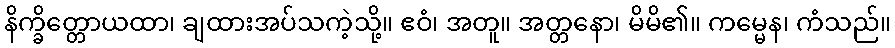
နိက္ခိတ္တောယထာ၊ ချထားအပ်သကဲ့သို့။ ဧဝံ၊ အတူ။ အတ္တနော၊ မိမိ၏။ ကမ္မေန၊ ကံသည်။